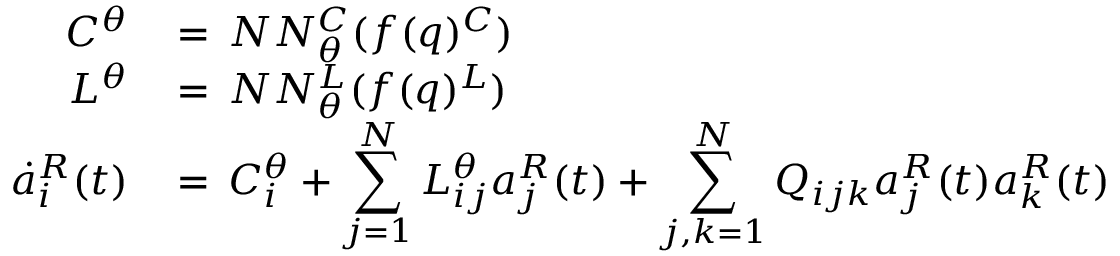
\begin{array} { r l } { C ^ { \theta } \, } & { = \, N N _ { \theta } ^ { C } ( f ( q ) ^ { C } ) } \\ { L ^ { \theta } \, } & { = \, N N _ { \theta } ^ { L } ( f ( q ) ^ { L } ) } \\ { \dot { a } _ { i } ^ { R } ( t ) \, } & { = \, C _ { i } ^ { \theta } + \displaystyle \sum _ { j = 1 } ^ { N } L _ { i j } ^ { \theta } a _ { j } ^ { R } ( t ) + \displaystyle \sum _ { j , k = 1 } ^ { N } Q _ { i j k } a _ { j } ^ { R } ( t ) a _ { k } ^ { R } ( t ) } \end{array}